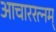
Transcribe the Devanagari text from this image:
आचाररत्नम्